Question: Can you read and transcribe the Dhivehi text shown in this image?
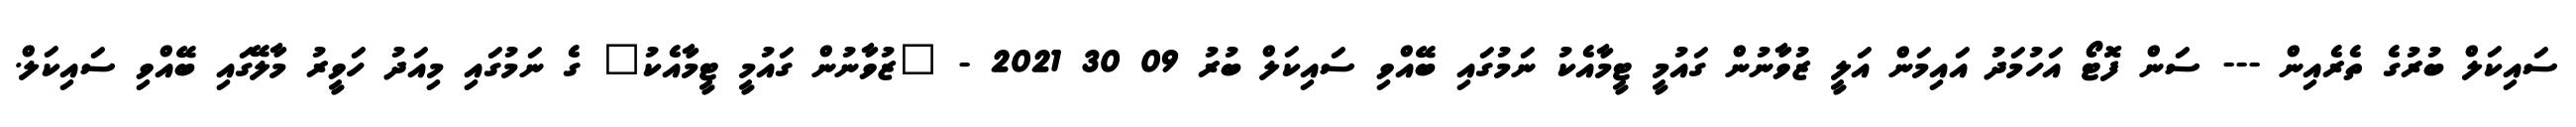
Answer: ސައިކަލް ބުރުގެ ތެރެއިން --- ސަން ފޮޓޯ އަހުމަދު އައިމަން އަލީ ޒުވާނުން ގައުމީ ޓީމާއެކު ނަމުގައި ބޭއްވި ސައިކަލް ބުރު 09 30 2021 - "ޒުވާނުން ގައުމީ ޓީމާއެކު" ގެ ނަމުގައި މިއަދު ހަވީރު މާލޭގައި ބޭއްވި ސައިކަލް.